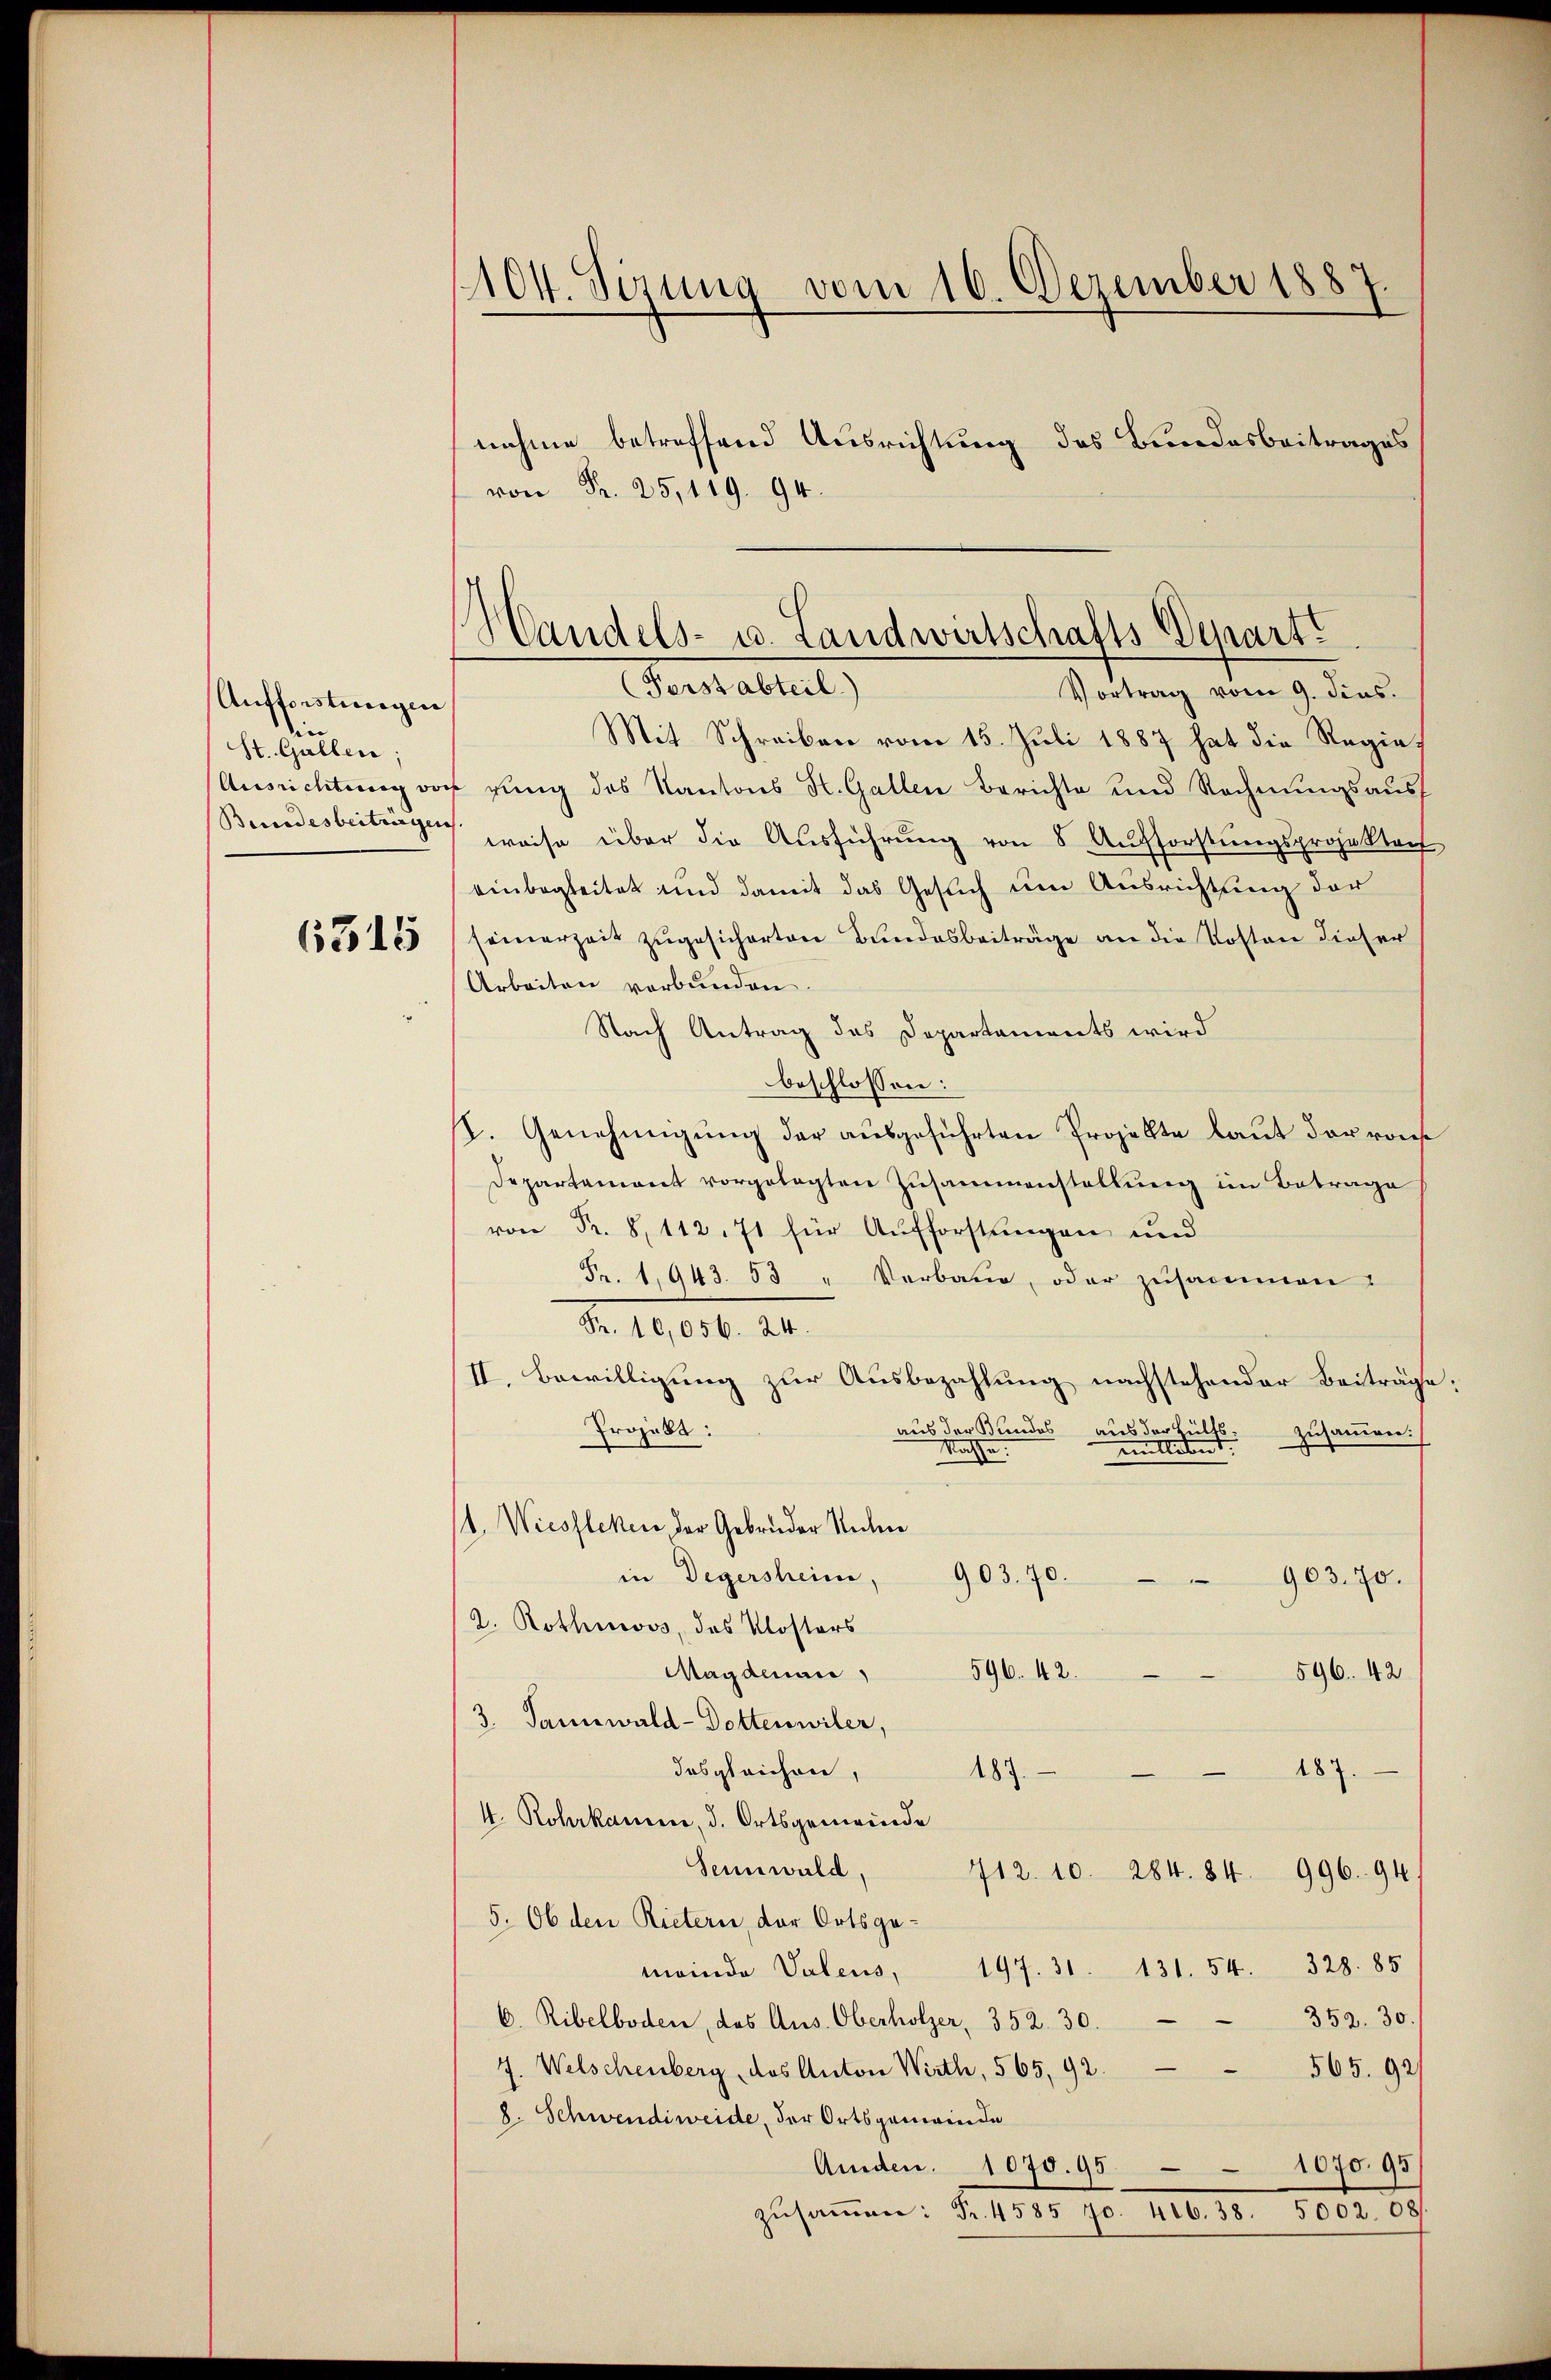
Aufforstungen
in
St. Gallen;

1104. Sizung vom 16. Dezember 1887.
nahme betreffend Ausrichtung des Bundesbeitrages
von Fr. 25, 119. 94.

Handels- u. Landwirtschafts-Departe
(Ferstabteil)
Vortrag vom 9. dies

Mit Schreiben vom 15. Juli 1887 hat die Regie¬
Aŭsrichtŭng von rŭng des Kantons St. Gallen Berichte und Rechnŭngsaŭs
Bundesbeitungen weise über die Ausführung von 8 Aufforstungsprojektach
einbegleitet und damit das Gesuch um Ausrichtung der
1555 405 (seinerzeit zugesicherten Bundesbeiträge an die Kosten dieser
Arbeiten verbunden.
Nach Antrag des Departaments wird
beschlossen:
I. Genehmigung der ausgeführten Projekte laut der rois
Departement vorgelegten Zusammenstellung im Betrage
 Fr. 8, 112. 71 für Aufforstungen und
Fr. 1943. 53 " Verbare, oder zusammen:
Nr. 10,100. 14.
II. Bewilligung zur Ausbezahlung nachstehender Beiträge,
Projekt:
aus der Kundes aus der Hülfs
zusammen.
milletet.
Nachsen.
(1. Wiessleken, der Gebrüder Rechen
903. 70.
in Degersheim,
903. 70.
2. Rothmoos, das Klosters
Magdenau " 596. 42.
596. 42
3. Tannwald-Dottenwiler,
das gleichen,
187.
187.
4. Roberkann, d. Ortsgemeinde
Sennwald.
996. 94.
712. 10. 284. 84
5. Ob den Rietern, der Ortsgemeinde Valens, 197. 31. 131. 54. 328. 85
352. 30.
6. Ribelboden, das Aus. Oberholzer, 352. 30.
J. Welschenberg, das Anton Wirth, 565, 92.
565. 921
8. Schwendiweide, der Ortsgemeinde
Anden. 1075. 95 - 1070. 95
zusammen. F. 1848. 116. 11. 8002. 601